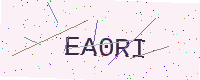
Text: EA0RI